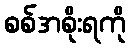
စစ်အစိုးရကို